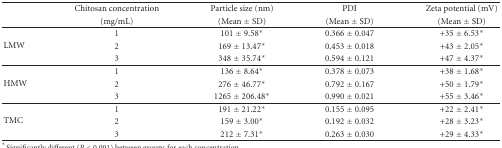
<table><thead><tr><td></td><td><b>Chitosan concentration</b></td><td><b>Particle size (nm)</b></td><td><b>PDI</b></td><td><b>Zeta potential (mV)</b></td></tr><tr><td></td><td><b>(mg/mL)</b></td><td><b>(Mean ± SD)</b></td><td><b>(Mean ± SD)</b></td><td><b>(Mean ± SD)</b></td></tr></thead><tbody><tr><td rowspan="3">LMW</td><td>1</td><td>101 ± 9.58<sup>∗</sup></td><td>0.366 ± 0.047</td><td>+35 ± 6.53<sup>∗</sup></td></tr><tr><td>2</td><td>169 ± 13.47<sup>∗</sup></td><td>0.453 ± 0.018</td><td>+43 ± 2.05<sup>∗</sup></td></tr><tr><td>3</td><td>348 ± 35.74<sup>∗</sup></td><td>0.594 ± 0.121</td><td>+47 ± 4.37<sup>∗</sup></td></tr><tr><td rowspan="3">HMW</td><td>1</td><td>136 ± 8.64<sup>∗</sup></td><td>0.378 ± 0.073</td><td>+38 ± 1.68<sup>∗</sup></td></tr><tr><td>2</td><td>276 ± 46.77<sup>∗</sup></td><td>0.792 ± 0.167</td><td>+50 ± 1.79<sup>∗</sup></td></tr><tr><td>3</td><td>1265 ± 206.48<sup>∗</sup></td><td>0.990 ± 0.021</td><td>+55 ± 3.46<sup>∗</sup></td></tr><tr><td rowspan="3">TMC</td><td>1</td><td>191 ± 21.22<sup>∗</sup></td><td>0.155 ± 0.095</td><td>+22 ± 2.41<sup>∗</sup></td></tr><tr><td>2</td><td>159 ± 3.00<sup>∗</sup></td><td>0.192 ± 0.032</td><td>+28 ± 3.23<sup>∗</sup></td></tr><tr><td>3</td><td>212 ± 7.31<sup>∗</sup></td><td>0.263 ± 0.030</td><td>+29 ± 4.33<sup>∗</sup></td></tr></tbody></table>